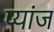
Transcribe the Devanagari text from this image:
प्यांज